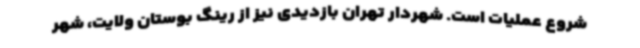
شروع عملیات است. شهردار تهران بازدیدی نیز از رینگ بوستان ولایت، شهر